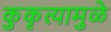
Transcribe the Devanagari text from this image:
कुकृत्यामुळे